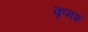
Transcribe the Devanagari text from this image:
कृमश